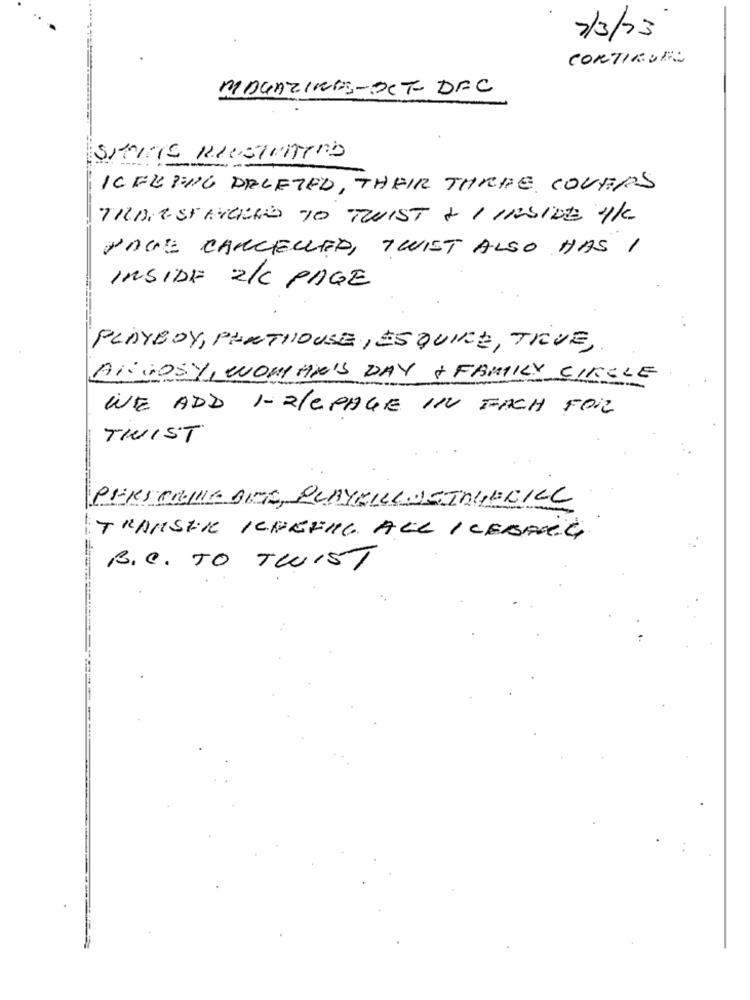
2/3/23
CORTIELES
MAGAZINES-OCT- DEC
ICFEPING DELETED, THEIR THREE COVERS
TRANSFERRED TO TWIST & I INSIDE '4K
PAGE CANCELLED, TWIST ALSO HAS ,
INSIDE 2/C PAGE
PLAYBOY, PENTHOUSE, ESQUIRE, TRUE,
ANNDOSY, WOMAN'S DAY + FAMILY CIRCLE
WWE ADD 1-2/CPAGE IN FACH FORZ
TWIST
PRESCRIRE BIEF, PLAYKILLBEINGERILL
TRANSER KCHEFIL ALL ICEBERG,
B.C. TO TWIST